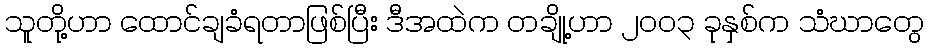
သူတို့ဟာ ထောင်ချခံရတာဖြစ်ပြီး ဒီအထဲက တချို့ဟာ ၂၀၀၃ ခုနှစ်က သံဃာတွေ